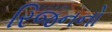
રિજનનો